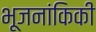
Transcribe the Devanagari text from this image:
भूजनांकिकी